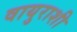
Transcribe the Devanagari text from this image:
वायुराशी